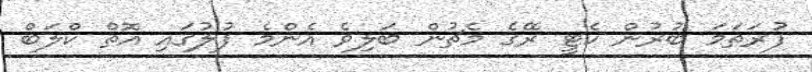
ފުރަތަމަ ބުރުން ކެޓީ ރޭގެ މެޗުން ބަލިވެ އެންމެ ފުލުގައި އޮތް ކްލަބް